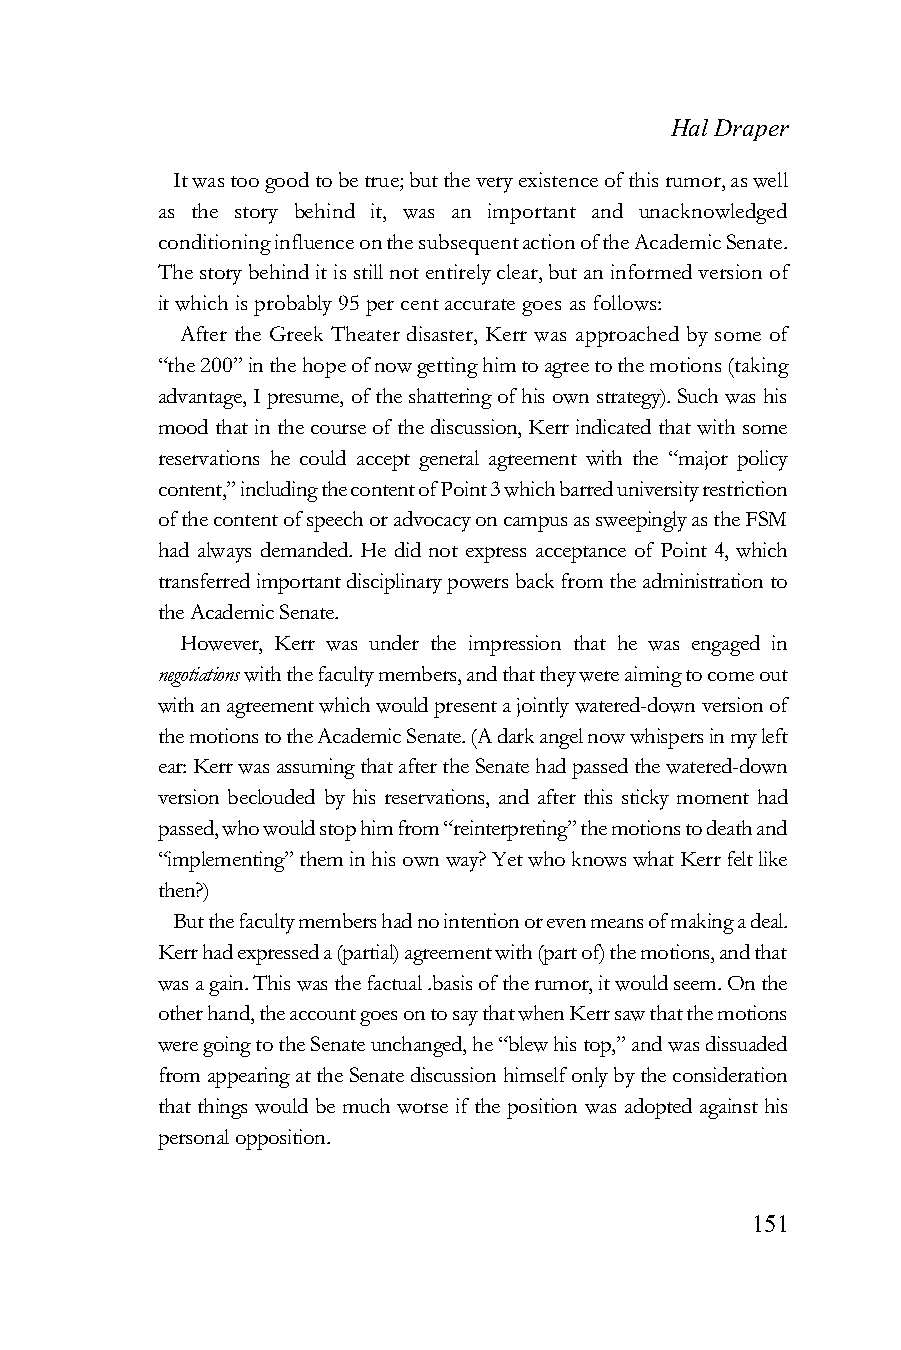
Hal Draper
 It was too good to be true; but the very existence of this rumor, as well
 as the story behind it, was an important and unacknowledged
 conditioning influence on the subsequent action of the Academic Senate.
 The story behind it is still not entirely clear, but an informed version of
 it which is probably 95 per cent accurate goes as follows:
 After the Greek Theater disaster, Kerr was approached by some of
 “the 200” in the hope of now getting him to agree to the motions (taking
 advantage, I presume, of the shattering of his own strategy). Such was his
 mood that in the course of the discussion, Kerr indicated that with some
 reservations he could accept general agreement with the “major policy
 content,” including the content of Point 3 which barred university restriction
 of the content of speech or advocacy on campus as sweepingly as the FSM
 had always demanded. He did not express acceptance of Point 4, which
 transferred important disciplinary powers back from the administration to
 the Academic Senate.
 However, Kerr was under the impression that he was engaged in
 negotiations with the faculty members, and that they were aiming to come out
 with an agreement which would present a jointly watered-down version of
 the motions to the Academic Senate. (A dark angel now whispers in my left
 ear: Kerr was assuming that after the Senate had passed the watered-down
 version beclouded by his reservations, and after this sticky moment had
 passed, who would stop him from “reinterpreting” the motions to death and
 “implementing” them in his own way? Yet who knows what Kerr felt like
 then?)
 But the faculty members had no intention or even means of making a deal.
 Kerr had expressed a (partial) agreement with (part of) the motions, and that
 was a gain. This was the factual .basis of the rumor, it would seem. On the
 other hand, the account goes on to say that when Kerr saw that the motions
 were going to the Senate unchanged, he “blew his top,” and was dissuaded
 from appearing at the Senate discussion himself only by the consideration
 that things would be much worse if the position was adopted against his
 personal opposition.
 151